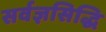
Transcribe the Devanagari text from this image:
सर्वज्ञसिद्धि